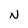
Character: N